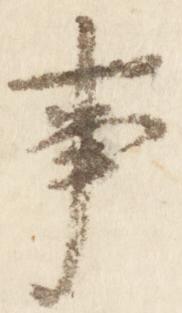
事